Indian journal of veterinary science and animal husbandry - Volume 2,
Year: 1932
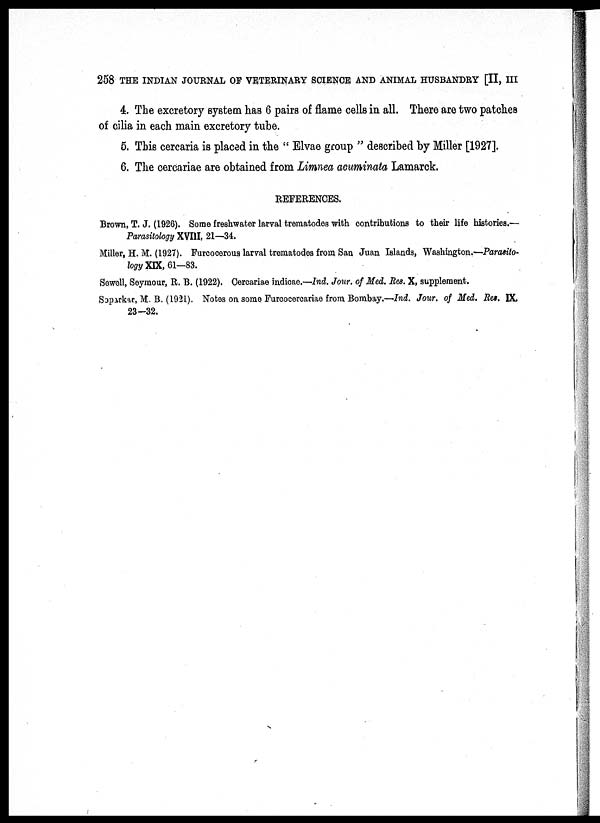
258 THE INDIAN JOURNAL OF VETERINARY SCIENCE AND ANIMAL HUSBANDRY [II, III
4. The excretory system has 6 pairs of flame cells in all. There are two patches
of cilia in each main excretory tube.
5. This cercaria is placed in the " Elvae group " described by Miller [1927].
6. The cercariae are obtained from Limnea acuminata Lamarck.
REFERENCES.
Brown, T. J. (1926). Some freshwater larval trematodes with contributions to their life histories.—
Parasitology XVIII, 21—34.
Miller, H. M. (1927). Furcocerous larval trematodes from San Juan Islands, Washington.—Parasito-
logy XIX, 61-83.
Sewell, Seymour, R. B. (1922). Cercariae indicae.—Ind. Jour. of Med. Res. X, supplement.
Soparkar, M. B. (1921). Notes on some Furcocercariae from Bombay.—Ind. Jour. of Med. Res. IX,
23-32.